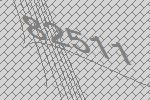
82511